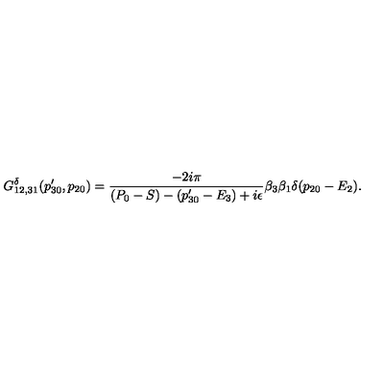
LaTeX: G _ { 1 2 , 3 1 } ^ { \delta } ( p _ { 3 0 } ^ { \prime } , p _ { 2 0 } ) = { \frac { - 2 i \pi } { ( P _ { 0 } - S ) - ( p _ { 3 0 } ^ { \prime } - E _ { 3 } ) + i \epsilon } } \beta _ { 3 } \beta _ { 1 } \delta ( p _ { 2 0 } - E _ { 2 } ) .